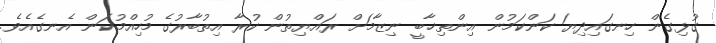
ގުޅިގެން ހިނގައިދިޔަ ކަންކަމުން އިންތިޚާބީ ނިޒާމަށް ރައްޔިތުން ކުރާ އިތުބާރުގެ މުހިއްމުކަން އެނގެއެވެ.